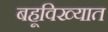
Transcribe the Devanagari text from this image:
बहूविख्यात